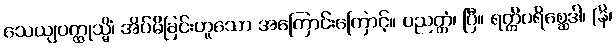
သေယျဝတ္ထုသ္မိံ၊ အိပ်မိခြင်းဟူသော အကြောင်းကြောင့်။ ပညတ္တံ၊ ပြီ။ ရတ္တိပရိစ္ဆေဒါ၊ (နိ၊